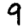
Digit: 9